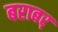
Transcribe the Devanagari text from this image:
बराबर्